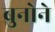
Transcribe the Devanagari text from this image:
ब्रुनोने